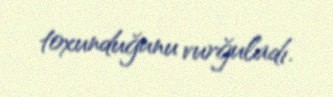
toxunduğunu vurğuladı.